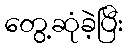
တွေ့ဆုံခဲ့ပြီး